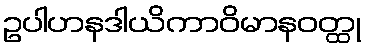
ဥပါဟနဒါယိကာဝိမာနဝတ္ထု